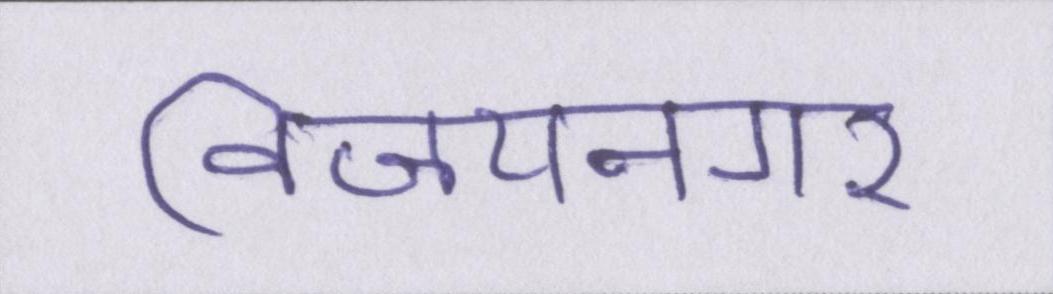
विजयनगर